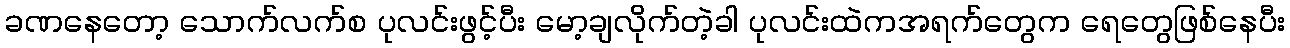
ခဏနေတော့ သောက်လက်စ ပုလင်းဖွင့်ပီး မော့ချလိုက်တဲ့ခါ ပုလင်းထဲကအရက်တွေက ရေတွေဖြစ်နေပီး